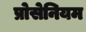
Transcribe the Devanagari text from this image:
प्रोसेनियम